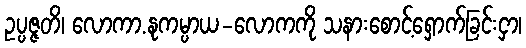
ဥပ္ပဇ္ဇတိ၊ လောကာ.နုကမ္ပာယ-လောကကို သနားစောင့်ရှောက်ခြင်းငှာ၊